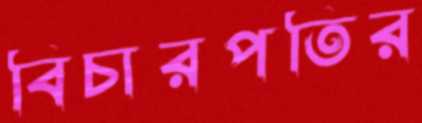
বিচারপতির